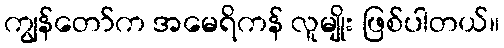
ကျွန်တော်က အမေရိကန် လူမျိုး ဖြစ်ပါတယ်။